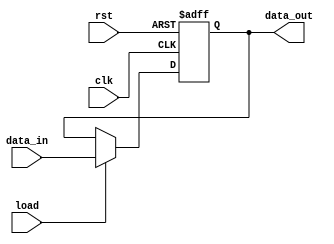
module mTimeCmp 
(    
    clk,
    rst,
    load,
    data_in, 
    data_out );

    input clk;
    input rst;
    input load;
    input   [31:0] data_in;
    output  reg [31:0] data_out;
    
    always @ (posedge clk or posedge rst) begin
    
        if(rst)
            data_out <= 32'hffffffff;
        else if (load)
                data_out <= data_in;
            else 
                data_out <= data_out;
    end

endmodule